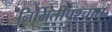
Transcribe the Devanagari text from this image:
निर्मितीपश्चात